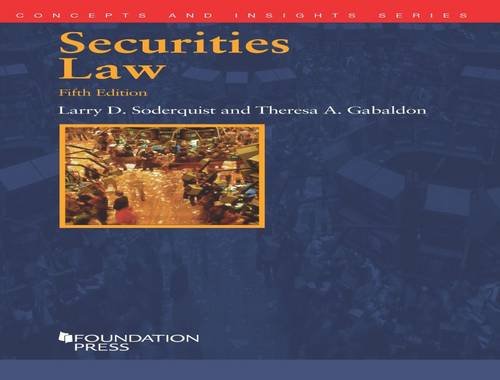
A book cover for Securities Law (Concepts and Insights); Larry Soderquist; Law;